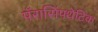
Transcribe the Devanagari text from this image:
पॅरासिंपथेटिक